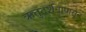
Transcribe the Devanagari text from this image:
ऋतुदर्शनापासुन